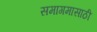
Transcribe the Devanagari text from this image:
समागमासाठी